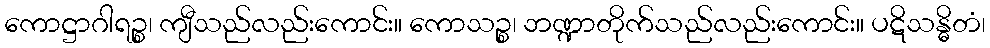
ကောဋ္ဌာဂါရဉ္စ၊ ကျီသည်လည်းကောင်း။ ကောသဉ္စ၊ ဘဏ္ဍာတိုက်သည်လည်းကောင်း။ ပဋိသန္ဓိတံ၊